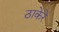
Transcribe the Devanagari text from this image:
ठाकेरे